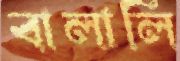
বালালি